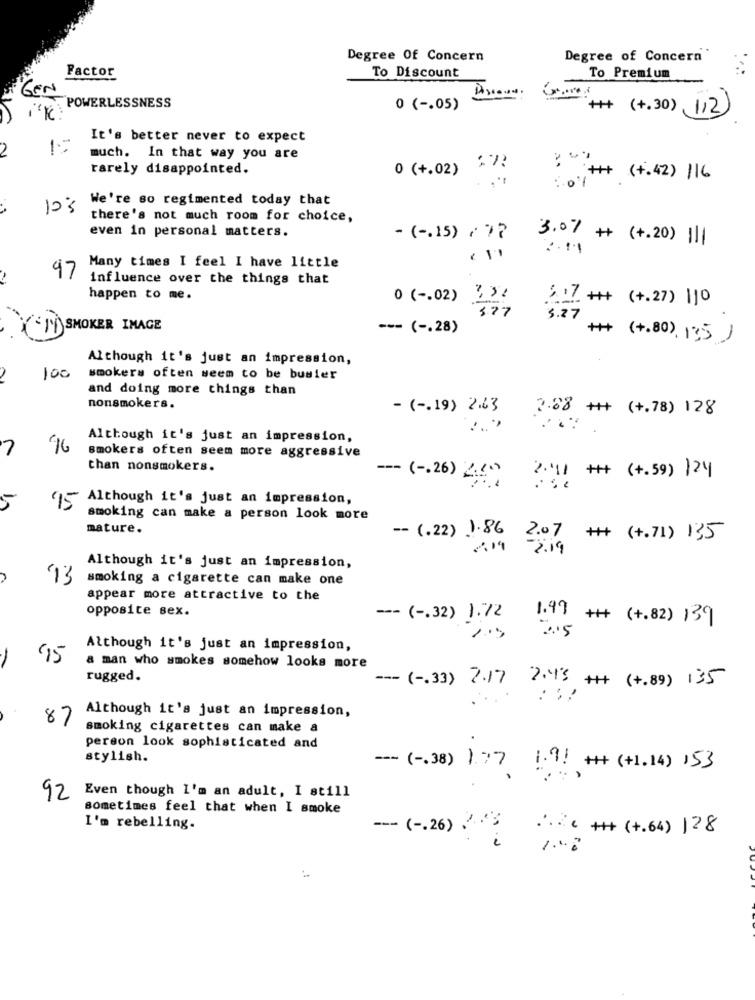
Degree Of Concern
Degree of Concern"
Factor
To Discount
To Premium
GEN
POWERLESSNESS
0 ( -. 05)
Game + ( +.30) (112)
It's better never to expect
2
much. In that way you are
rarely disappointed.
0 (+.02)
## ( + . 42 ) 116
We're so regimented today that
10%
there's not much room for choice,
even in personal matters.
- ( -. 15) ( ??
3.07 + (+.20) 11|
Many times I feel I have little
97
influence over the things that
happen to me.
0 ( -. 02) 330
5.17 ++ (+.27) 110
377
3. 27
SMOKER IMAGE
--- ( -. 28)
++ (+.80), 13,5 )
Although it's just an impression,
100
smokers often seem to be busier
and doing more things than
nonsmokers.
- ( -. 19) 2.63
2.88 ++ (+.78) 128
Although it's just an impression,
2
smokers often seem more aggressive
than nonsmokers.
2.11 + (+.59) 124
=== ( -. 26) 2,40
Although it's just an impression,
5
15
smoking can make a person look more
mature.
-- (.22) 1.86 2.07 + (+.71) 13,5
-2:19
Although it's just an impression,
13
smoking a cigarette can make one
appear more attractive to the
opposite sex.
=== ( -. 32) 1.72 1.99 ++ (+.82) 139
1.5 3.5
Although it's just an impression,
-
95
a man who smokes somehow looks more
rugged.
=== ( -. 33) 2.17 2.43 + (+.89) 135
Although it's just an impression,
87
smoking cigarettes can make a
person look sophisticated and
stylish.
--- ( -. 38) 1.77
1.9! + (+1.14) 153
92
Even though I'm an adult, I still
sometimes feel that when I smoke
I'm rebelling.
~~~ ( -. 26) ?
2.2 ++ (+.64) 128
i
. 1